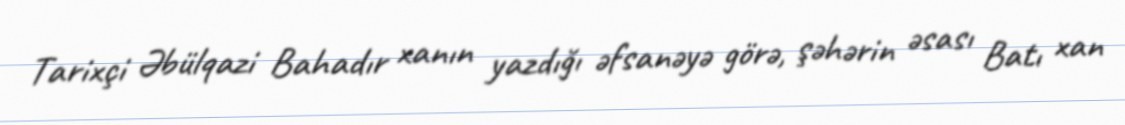
Tarixçi Əbülqazi Bahadır xanın yazdığı əfsanəyə görə, şəhərin əsası Batı xan